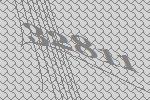
32811